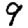
Digit: 9